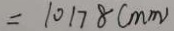
= 1 0 1 7 8 ( m m )